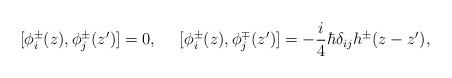
LaTeX: \begin{align*}[\phi_i^\pm(z),\phi_j^\pm(z')]=0,~~~~[\phi_i^\pm(z),\phi_j^\mp(z')]=-\frac{i}{4}\hbar\delta_{ij}h^\pm(z-z'),\end{align*}